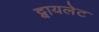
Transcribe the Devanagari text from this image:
ट्वायलेट